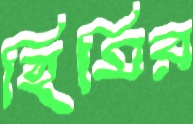
হিমির